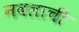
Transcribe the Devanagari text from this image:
नवलाची